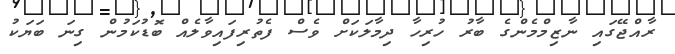
ރާއްޖޭގައި ނާޒިމްމެންގެ ބާރު ހުރިހާ ދިމާލަކަށް ވެސް ފެތުރިފައިވާލެއް ބޮޑުކަމުން ގިނަ ބަޔަކު